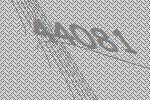
44081